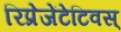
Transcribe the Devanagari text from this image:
रिप्रेजेंटेटिवस्